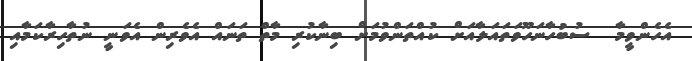
އެހެންވީމާ  ސުބުހާނަހޫވަތައަލާއަށް ކުއްތަންވުމަށް ބިނާކުރި މާތް ތަނައް އެވެރިން އެވަނީ ނުތާހިރާކަމާއި